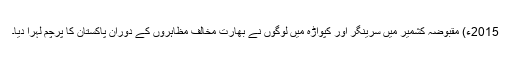
2015ء) مقبوضہ کشمیر میں سرینگر اور کپواڑہ میں لوگوں نے بھارت مخالف مظاہروں کے دوران پاکستان کا پرچم لہرا دیا۔